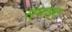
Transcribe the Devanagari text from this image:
स्मस्त